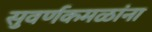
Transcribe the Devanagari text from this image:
सुवर्णकमळांना